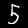
Label: 5